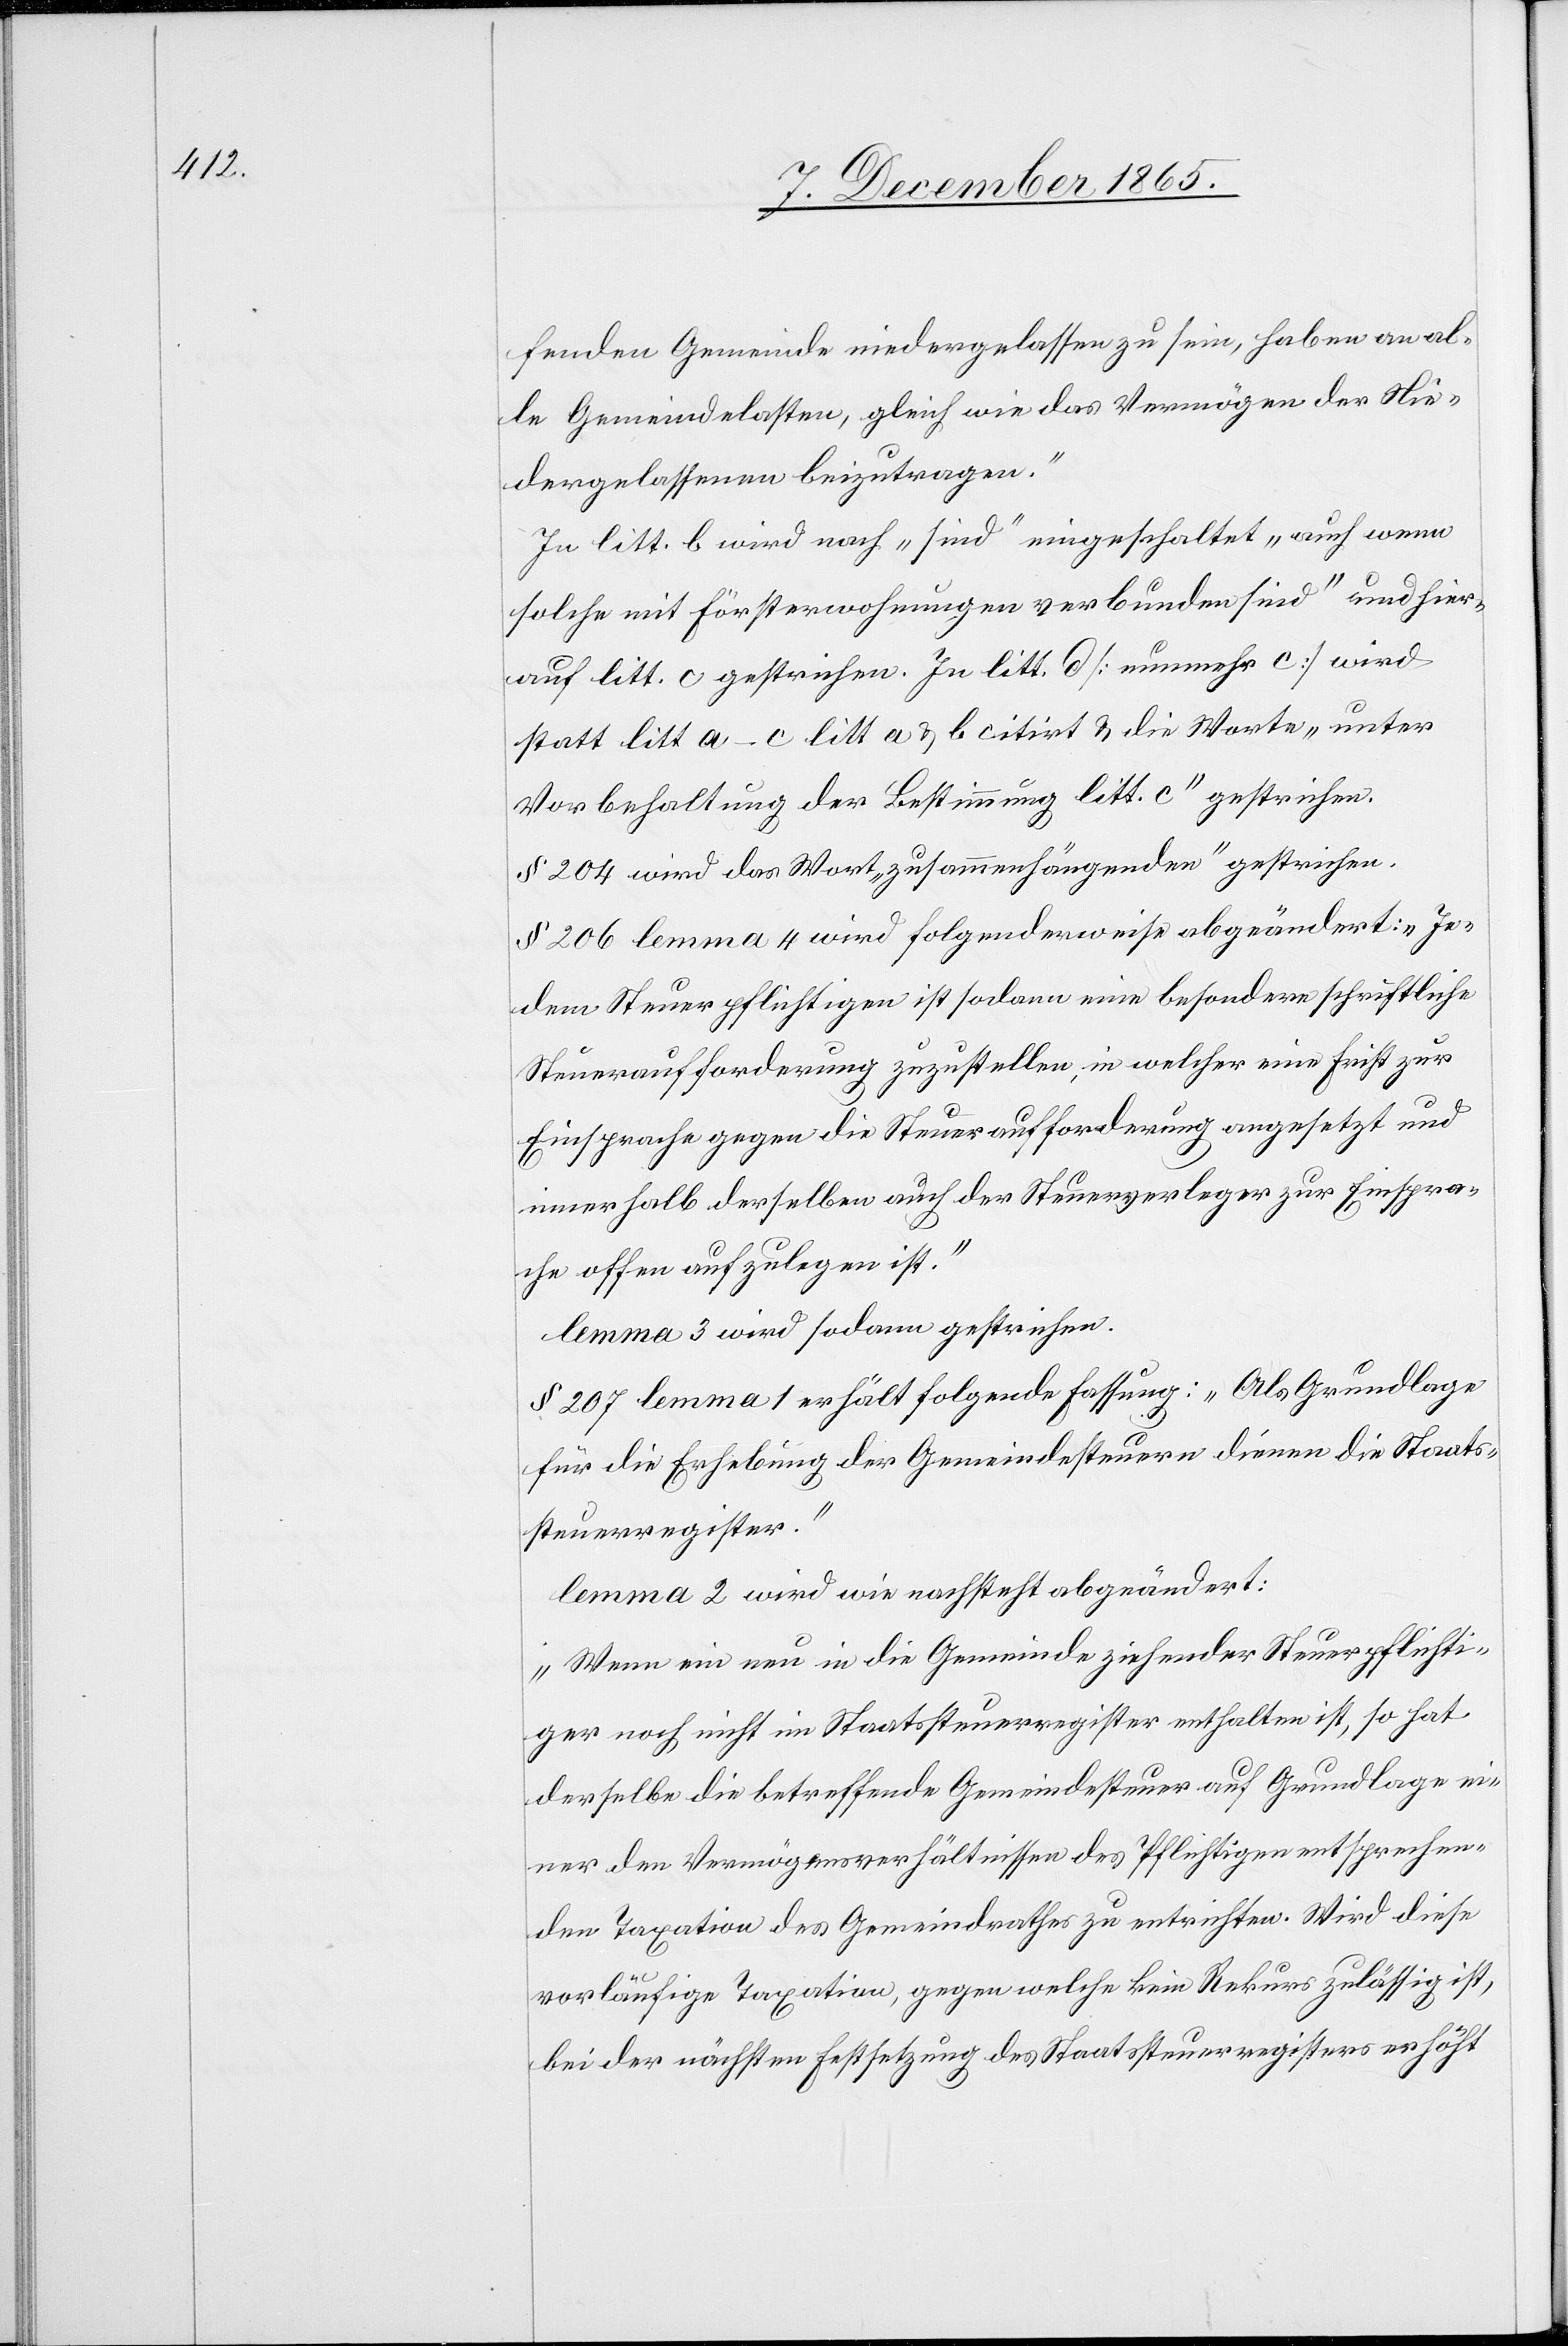
fenden Gemeinde niedergelassen zu sein, haben an al¬
le Gemeindelasten, gleich wie das Vermögen der Nie¬
dergelassenen beizutragen.“
In litt. b wird nach „sind“ eingeschaltet „auch wenn
solche mit Försterwohnungen verbunden sind“ und hier¬
auf litt. c gestrichen. In litt. d [nunmehr c] wird
statt litt a–c litt a & b citirt und die Worte „unter
Vorbehaltung der Bestimmung litt. c“ gestrichen.
§ 204 wird das Wort „zusammenhängenden“ gestrichen.
§ 206 lemma 4 wird folgenderweise abgeändert: „Je¬
dem Steuerpflichtigen ist sodann eine besondere schriftliche
Steuerforderung zuzustellen, in welcher eine Frist zur
Einsprache gegen die Steuerforderung angesetzt und
innerhalb derselben auch der Steuerverleger zur Einspra¬
che offen aufzulegen ist.“
§ 207 lemma 1 erhält folgende Fassung: „Als Grundlage
für die Erhebung der Gemeindesteuern dienen die Staats¬
steuerregister.“
lemma 2 wird wie nachsteht abgeändert:
„Wenn ein neu in die Gemeinde ziehender Steuerpflichti¬
ger noch nicht im Staatssteuerregister enthalten ist, so hat
derselbe die betreffende Gemeindesteuer auf Grundlage ei¬
ner den Vermögensverhältnissen des Pflichtigen entsprechen¬
den Taxation des Gemeindrathes zu entrichten. Wird diese
vorläufige Taxation, gegen welche kein Rekurs zulässig ist,
bei der nächsten Festsetzung des Staatssteuerregisters erhöht